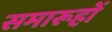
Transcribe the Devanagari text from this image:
समारूहों